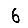
Digit: 6